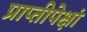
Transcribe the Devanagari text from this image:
प्राप्तीपेक्षां